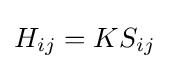
H_{ij}=KS_{ij}